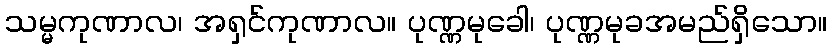
သမ္မကုဏာလ၊ အရှင်ကုဏာလ။ ပုဏ္ဏမုခေါ၊ ပုဏ္ဏမုခအမည်ရှိသော။